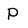
Character: P